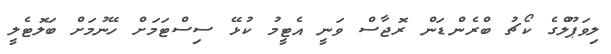
ލިވަޕޫލްގެ ކޯޗު ބްރެންޑަން ރޮޖާސް ވަނީ އެޓީމު ކުޅޭ ސިސްޓަމަށް ހޭނުމަށް ބަލޮޓެލީ